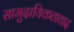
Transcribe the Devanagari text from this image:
सामुदायिकतावाद